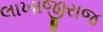
લાખાજીરાજ